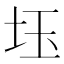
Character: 𡊩